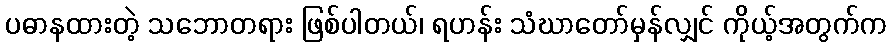
ပဓာနထားတဲ့ သဘောတရား ဖြစ်ပါတယ်၊ ရဟန်း သံဃာတော်မှန်လျှင် ကိုယ့်အတွက်က